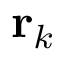
\mathbf { r } _ { k }